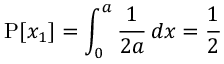
\operatorname { P } [ x _ { 1 } ] = \int _ { 0 } ^ { a } { \frac { 1 } { 2 a } } \, d x = { \frac { 1 } { 2 } }